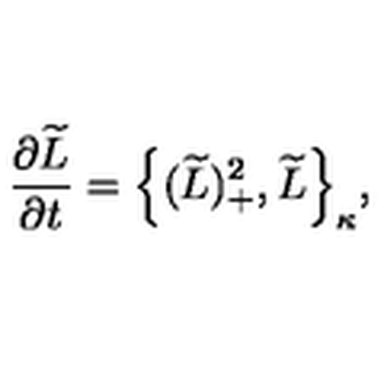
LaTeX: \frac { \partial \widetilde { L } } { \partial t } = \Big \{ ( \widetilde { L } ) _ { + } ^ { 2 } , \widetilde { L } \Big \} _ { \kappa } ,